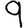
Digit: 9